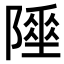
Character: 𨼦